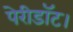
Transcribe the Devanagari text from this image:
पेरीडॉट।